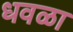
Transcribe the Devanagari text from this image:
धवळा